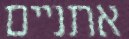
אתניים